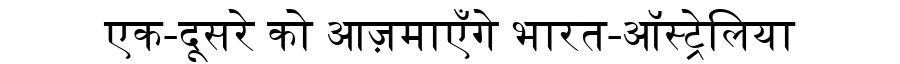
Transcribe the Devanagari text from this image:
एक-दूसरे को आज़माएँगे भारत-ऑस्ट्रेलिया